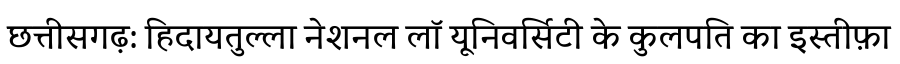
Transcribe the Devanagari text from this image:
छत्तीसगढ़: हिदायतुल्ला नेशनल लॉ यूनिवर्सिटी के कुलपति का इस्तीफ़ा